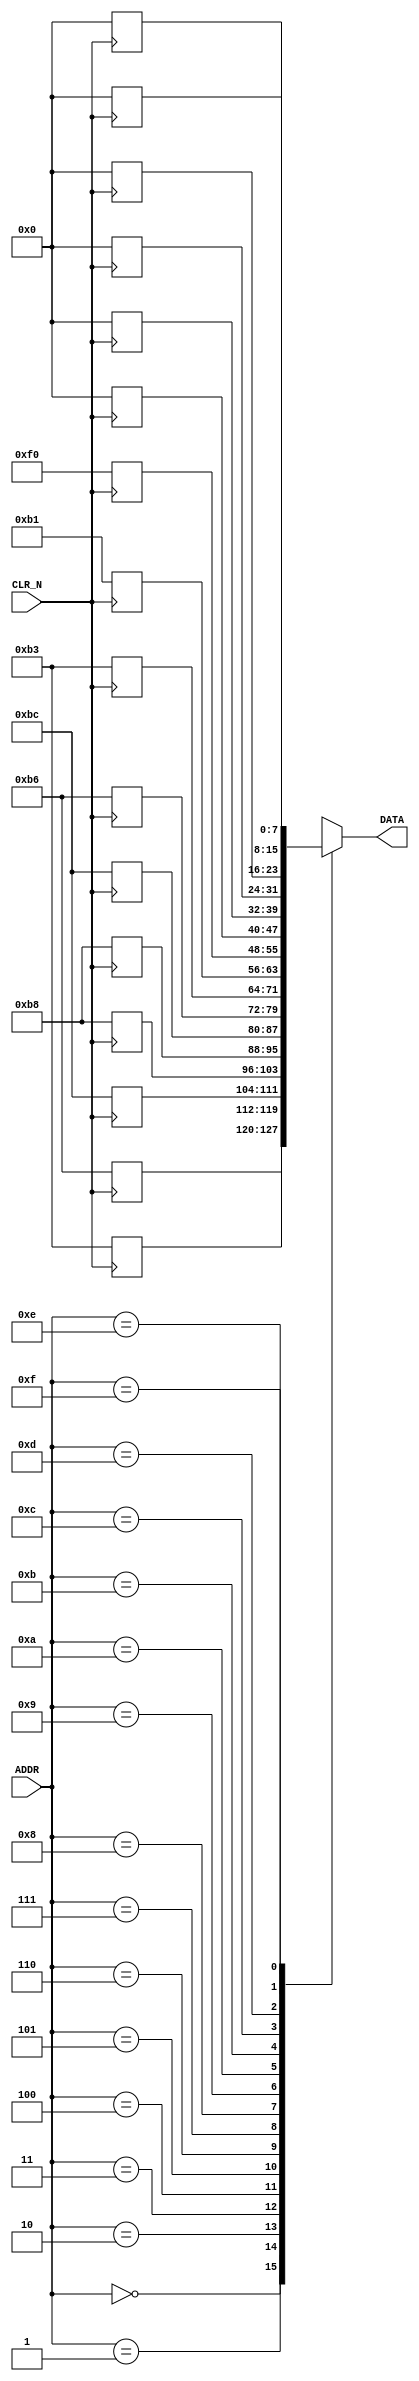
module LCHIKA_ROM(
    input [3:0] ADDR,
    input CLR_N,
    output wire [7:0] DATA
);

reg [7:0] romdata [15:0];

always @(negedge CLR_N) begin
    if (~CLR_N) begin
        romdata[0]  <= 8'b1011_0011;
        romdata[1]  <= 8'b1011_0110;
        romdata[2]  <= 8'b1011_1100;
        romdata[3]  <= 8'b1011_1000;
        romdata[4]  <= 8'b1011_1000;
        romdata[5]  <= 8'b1011_1100;
        romdata[6]  <= 8'b1011_0110;
        romdata[7]  <= 8'b1011_0011;
        romdata[8]  <= 8'b1011_0001;
        romdata[9]  <= 8'b1111_0000;
        romdata[10] <= 8'b0;
        romdata[11] <= 8'b0;
        romdata[12] <= 8'b0;
        romdata[13] <= 8'b0;
        romdata[14] <= 8'b0;
        romdata[15] <= 8'b0;
    end
end

assign DATA = romdata[ADDR];

endmodule